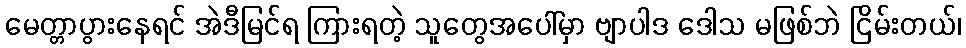
မေတ္တာပွားနေရင် အဲဒီမြင်ရ ကြားရတဲ့ သူတွေအပေါ်မှာ ဗျာပါဒ ဒေါသ မဖြစ်ဘဲ ငြိမ်းတယ်၊